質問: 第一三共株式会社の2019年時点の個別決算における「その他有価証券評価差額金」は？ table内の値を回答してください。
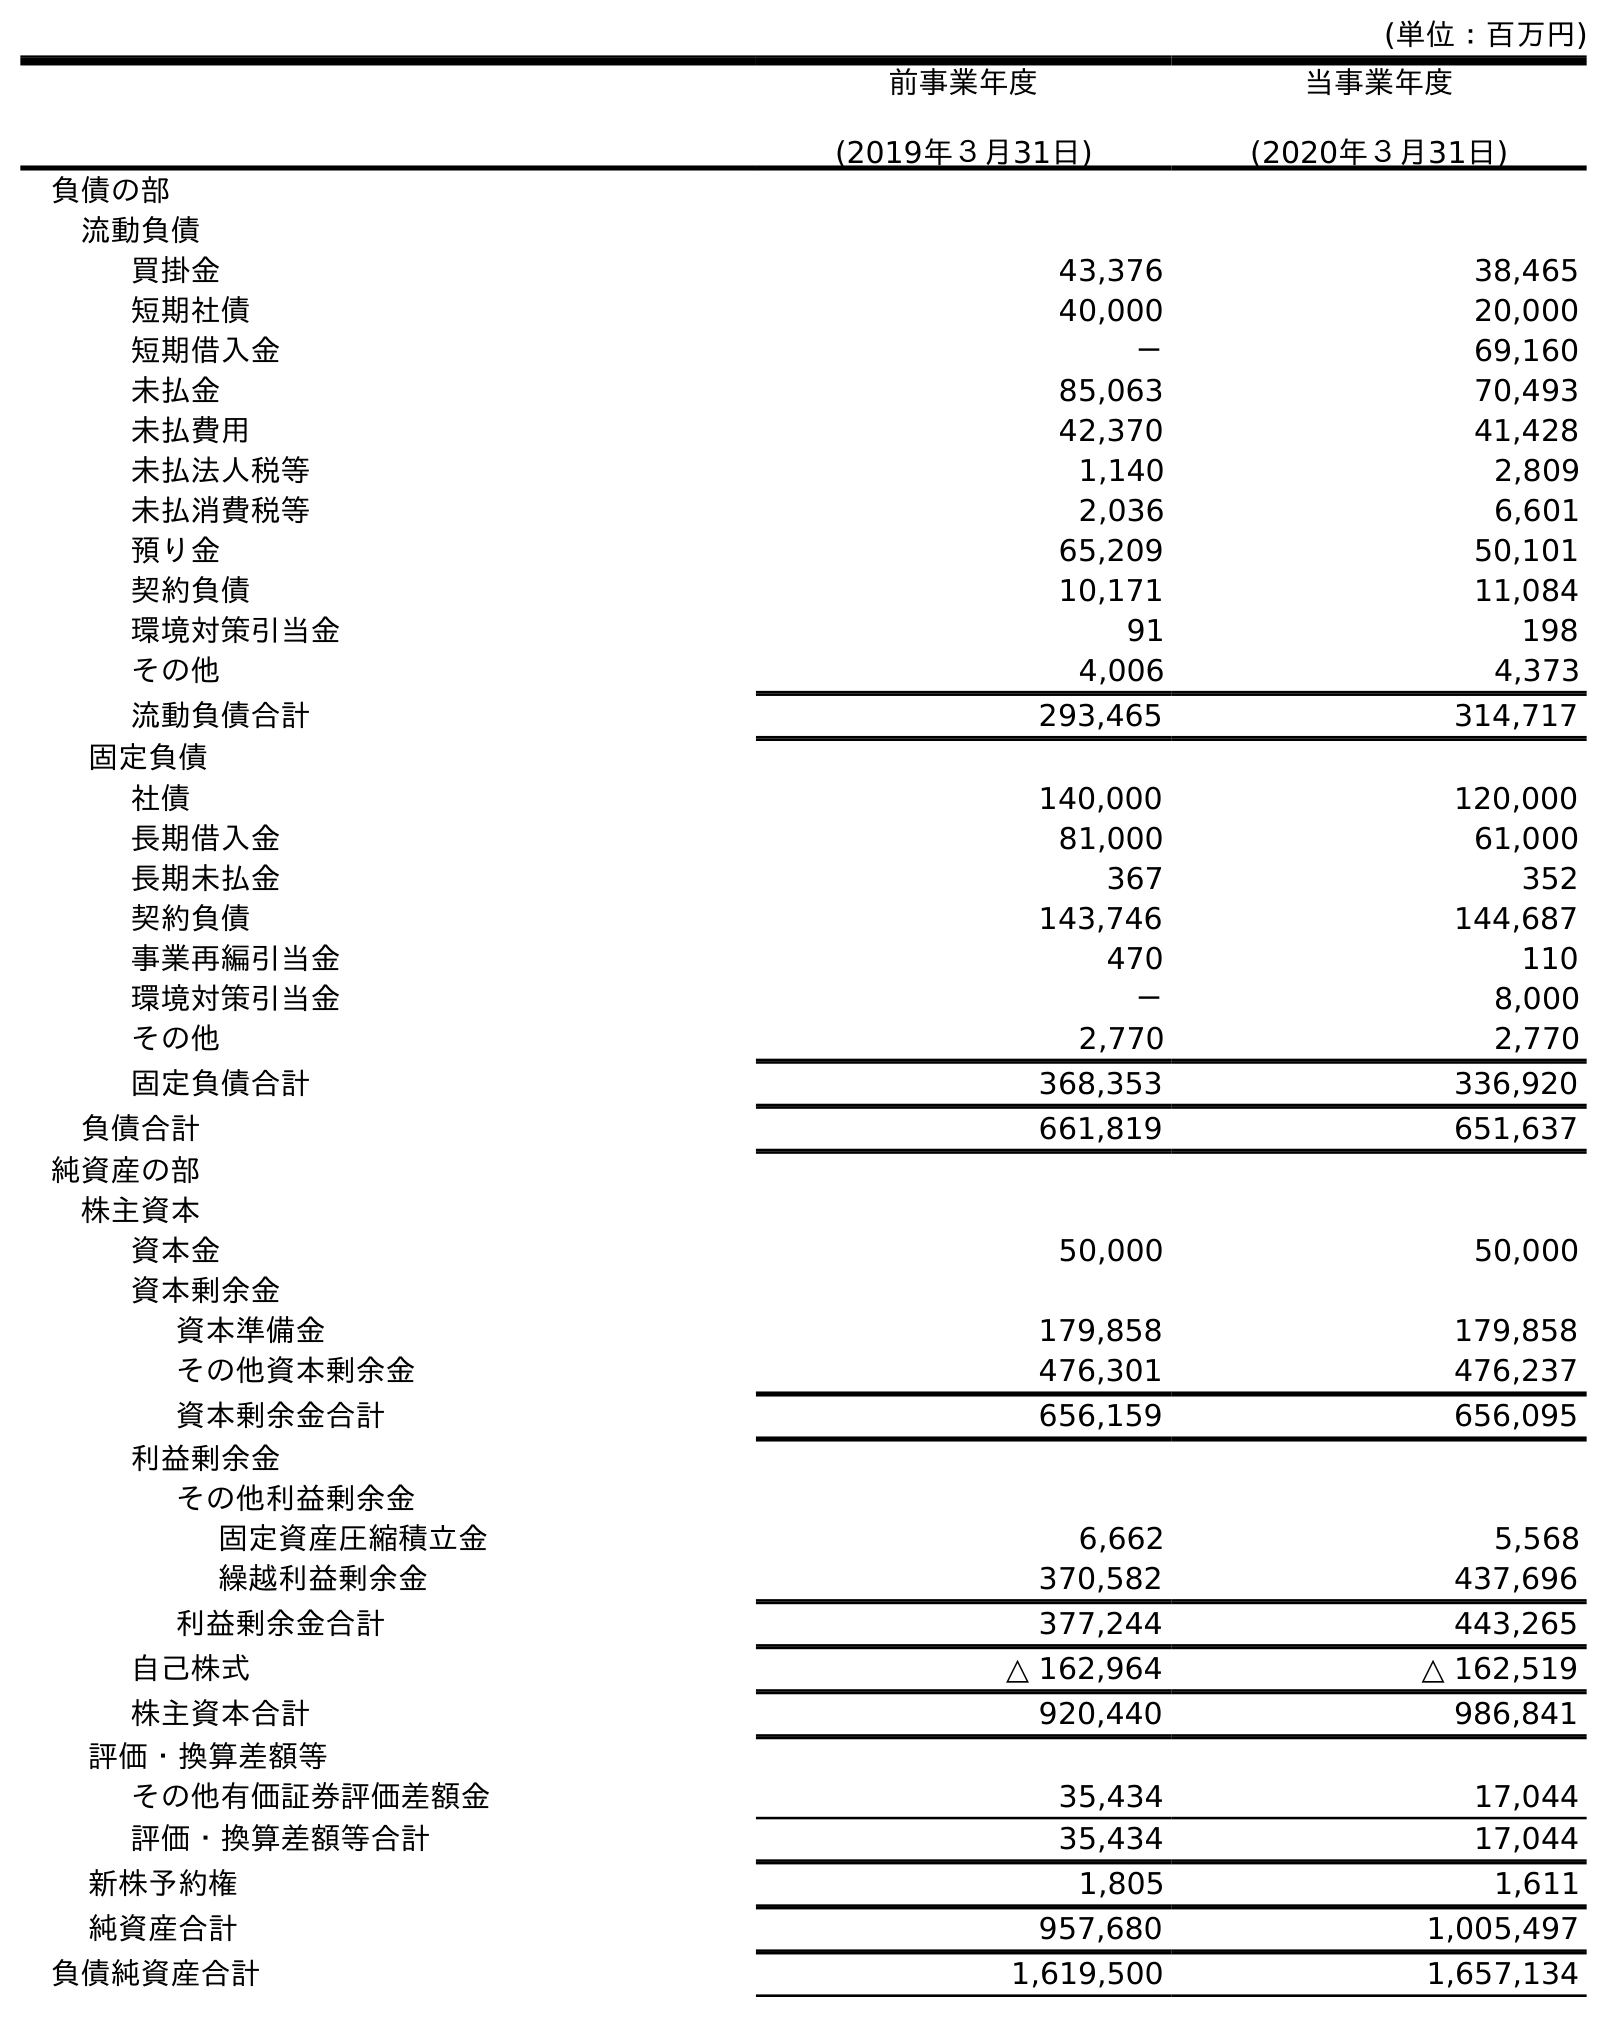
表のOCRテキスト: (単位：百万円) 前事業年度 (2019年３月31日) 当事業年度 (2020年３月31日) 負債の部 流動負債 買掛金 43,376 38,465 短期社債 40,000 20,000 短期借入金 － 69,160 未払金 85,063 70,493 未払費用 42,370 41,428 未払法人税等 1,140 2,809 未払消費税等 2,036 6,601 預り金 65,209 50,101 契約負債 10,171 11,084 環境対策引当金 91 198 その他 4,006 4,373 流動負債合計 293,465 314,717 固定負債 社債 140,000 120,000 長期借入金 81,000 61,000 長期未払金 367 352 契約負債 143,746 144,687 事業再編引当金 470 110 環境対策引当金 － 8,000 その他 2,770 2,770 固定負債合計 368,353 336,920 負債合計 661,819 651,637 純資産の部 株主資本 資本金 50,000 50,000 資本剰余金 資本準備金 179,858 179,858 その他資本剰余金 476,301 476,237 資本剰余金合計 656,159 656,095 利益剰余金 その他利益剰余金 固定資産圧縮積立金 6,662 5,568 繰越利益剰余金 370,582 437,696 利益剰余金合計 377,244 443,265 自己株式 △ 162,964 △ 162,519 株主資本合計 920,440 986,841 評価・換算差額等 その他有価証券評価差額金 35,434 17,044 評価・換算差額等合計 35,434 17,044 新株予約権 1,805 1,611 純資産合計 957,680 1,005,497 負債純資産合計 1,619,500 1,657,134
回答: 35,434